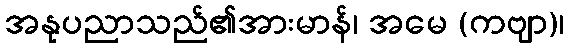
အနုပညာသည်၏အားမာန်၊ အမေ (ကဗျာ)၊